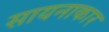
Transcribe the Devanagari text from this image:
सायनाकार